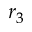
r _ { 3 }